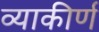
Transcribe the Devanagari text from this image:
व्याकीर्ण